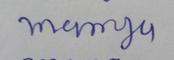
Signature authenticity: forged